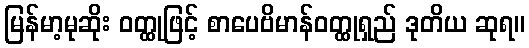
မြန်မာ့မုဆိုး ဝတ္ထုဖြင့် စာပေဗိမာန်ဝတ္ထုရှည် ဒုတိယ ဆုရ။